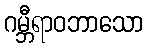
ဂမ္ဘီရာဝဘာသော